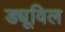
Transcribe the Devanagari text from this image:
ड्यूविल